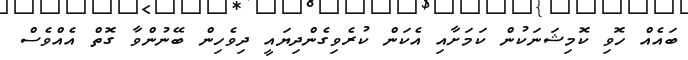
ބައެއް ހޮވި ކޮމިޝަނަކުން ކަމަށާއި އެކަން ކުރެވިގެންދިޔައީ ދިވެހިން ބޭނުންވާ ގޮތް އެއްވެސް